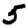
Digit: 5